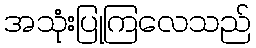
အသုံးပြုကြလေသည်